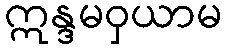
ဣန္ဒမဝှယာမ